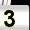
Digit: 3